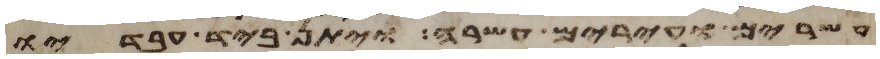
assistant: עשרים ועירים עשרה ויתן ביד עבדיו